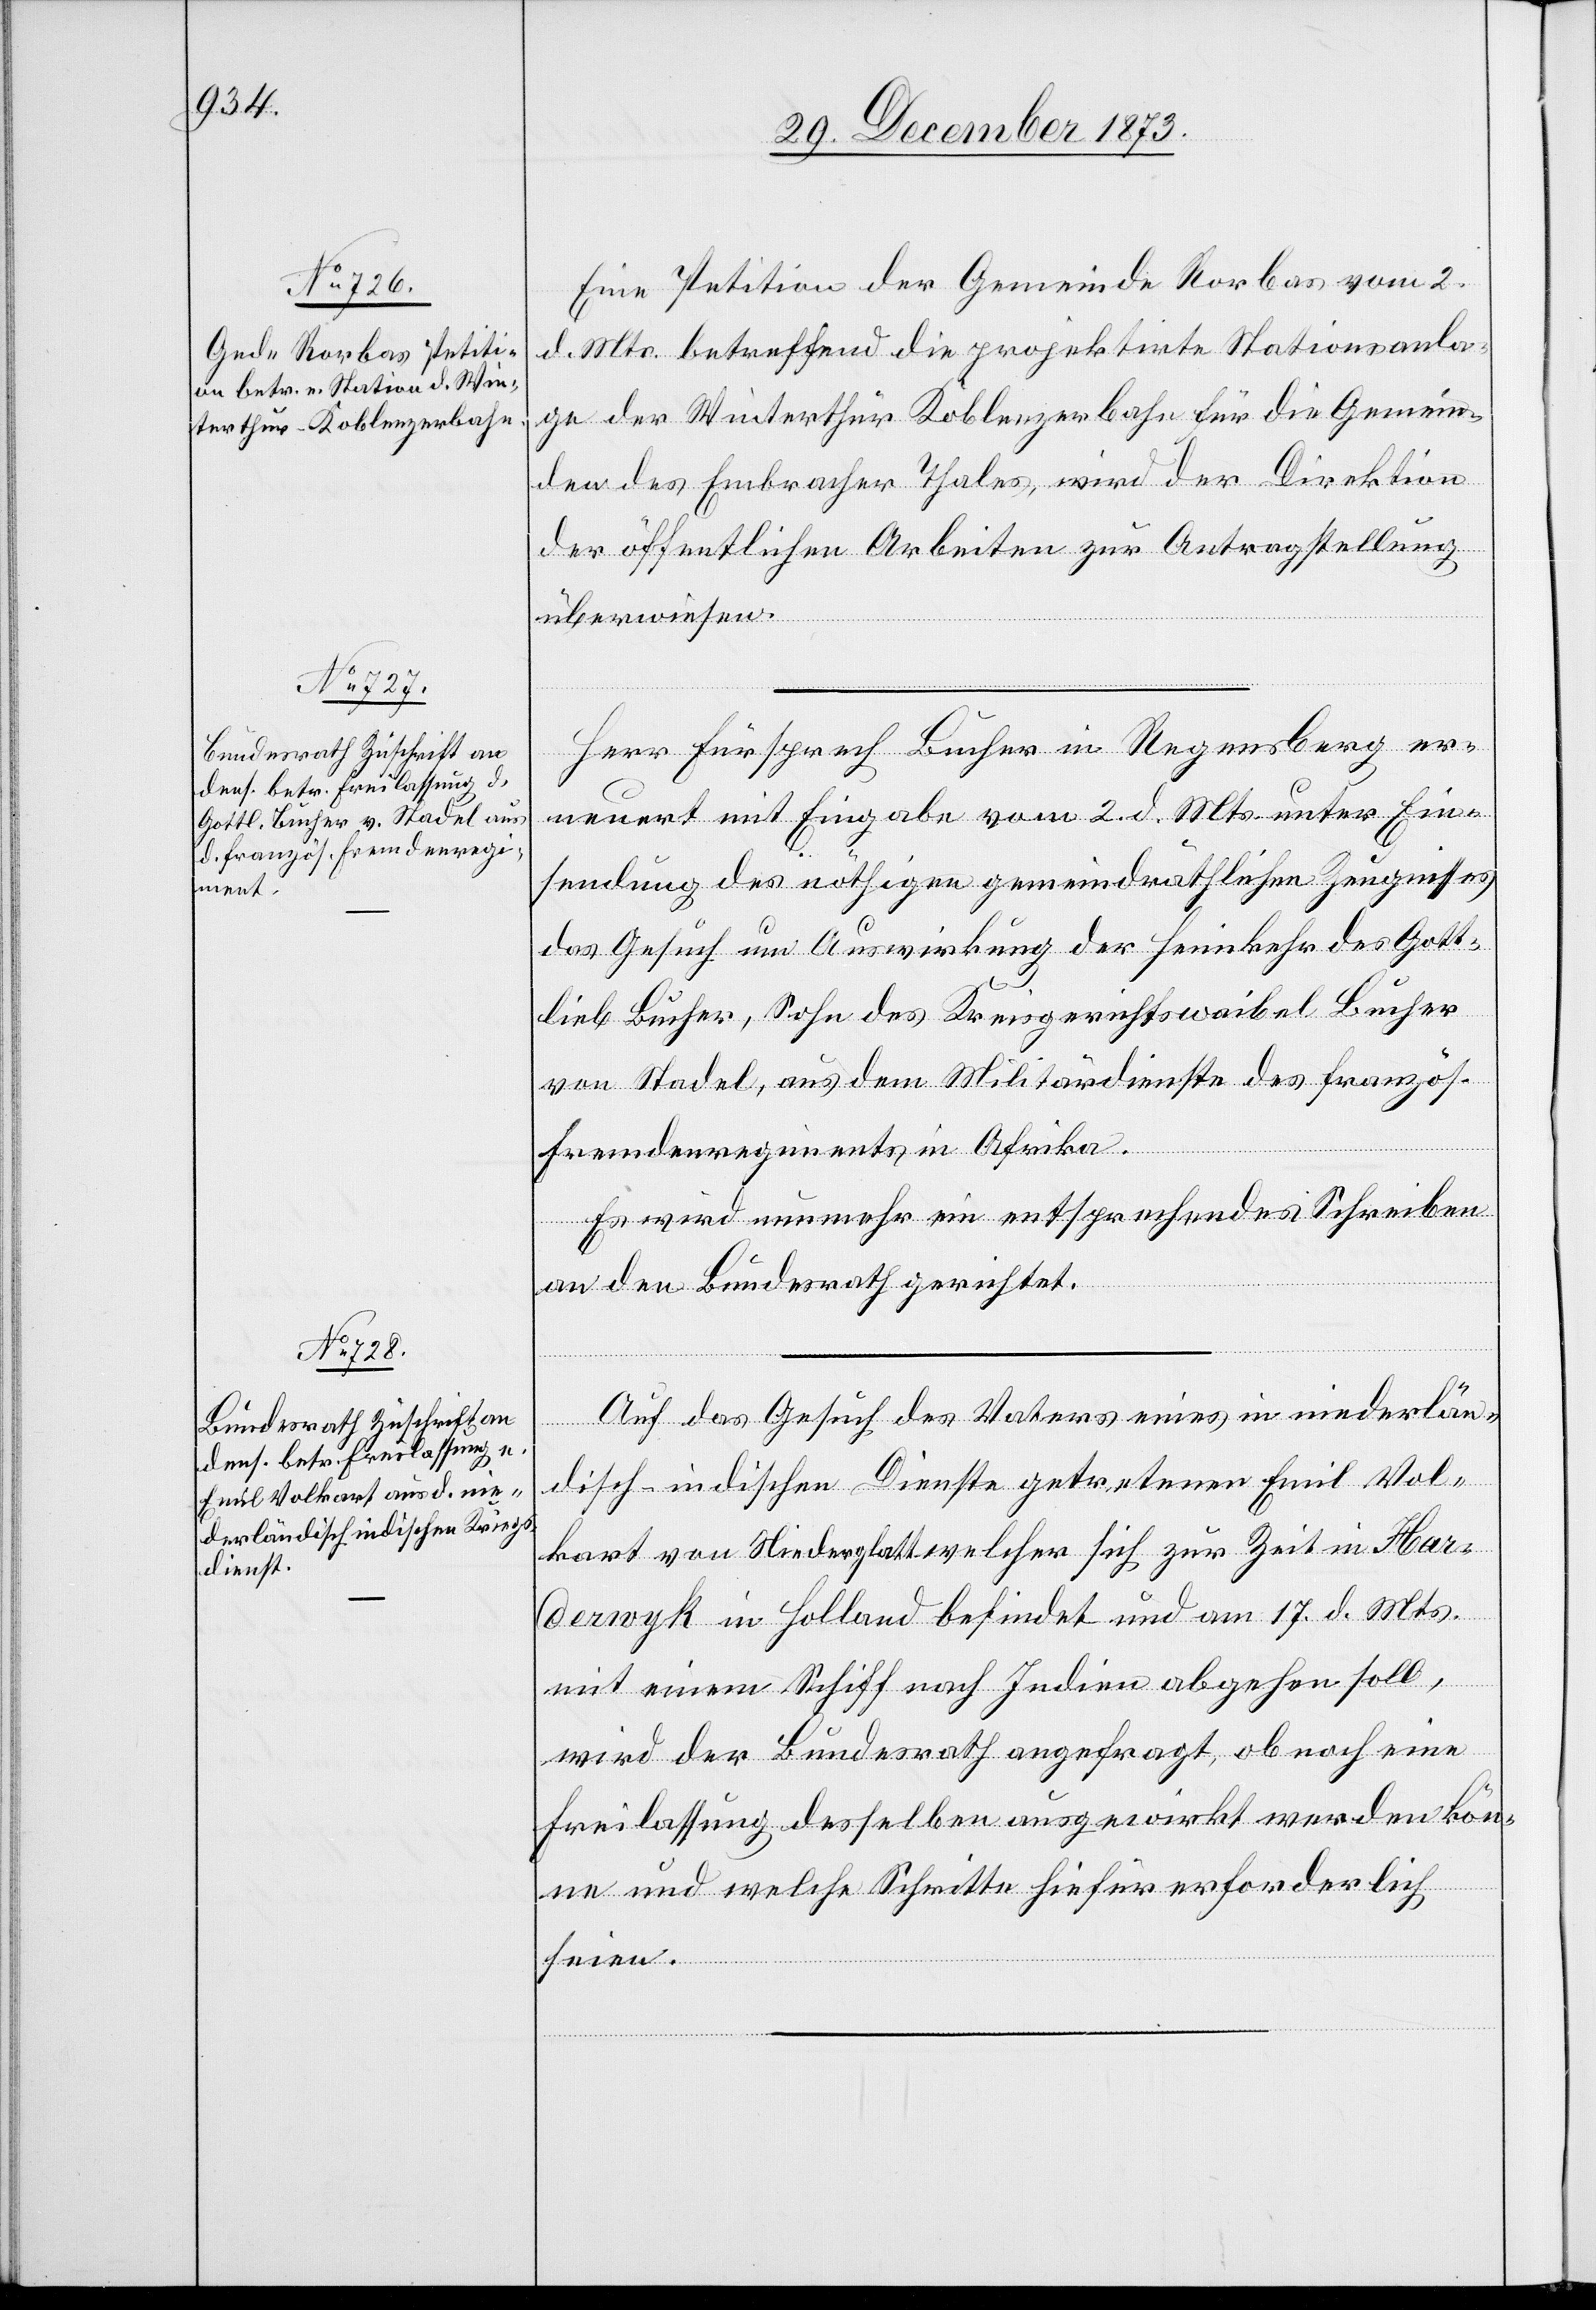
1874.]

Eine Petition der Gemeinde Rorbas vom 2.
d. Mts. betreffend die projektirte Stationsanla¬
ge der Winterthur Koblenzerbahn für die Gemein¬
den des Embracher Thales, wird der Direktion
der öffentlichen Arbeiten zur Antragstellung
überwiesen.
Herr Fürsprech Bucher in Regensberg er¬
neuert mit Eingabe vom 2. d. Mts. unter Ein¬
sendung des nöthigen gemeindräthlichen Zeugnisses
das Gesuch um Auswirkung der Heimkehr des Gott¬
lieb Bucher, Sohn des Kreisgerichtswaibel Bucher
von Stadel, aus dem Militärdienste des französ.
Fremdenregiments in Afrika.
Es wird nunmehr ein entsprechendes Schreiben
an den Bundesrath gerichtet.
Auf das Gesuch des Vaters eines in niederlän¬
disch-indischen Dienste getretenen Emil Vol¬
kart von Niederglatt welcher sich zur Zeit in Har¬
derwyk in Holland befindet und am 17. d. Mts.
mit einem Schiff nach Indien abgehen soll,
wird der Bundesrath angefragt, ob noch eine
Freilassung desselben ausgewirkt werden kön¬
ne und welche Schritte hiefür erforderlich
seien.